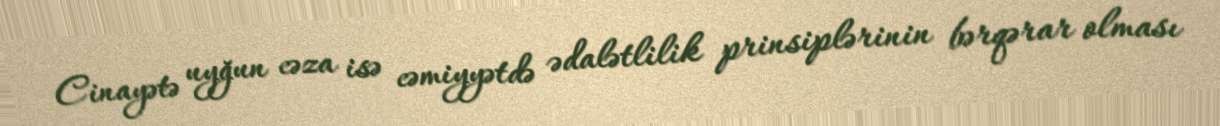
Cinayətə uyğun cəza isə cəmiyyətdə ədalətlilik prinsiplərinin bərqərar olması